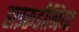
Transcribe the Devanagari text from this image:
हाइरूडीनिया